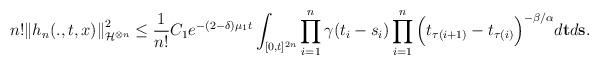
LaTeX: \begin{align*} n!{\|h_n(.,t,x)\|}_{\mathcal{H}^{\otimes n}}^2 \leq\frac{1}{n!}C_1 e^{-(2-\delta)\mu_1 t}\int_{[0, t]^{2n}}\prod_{i=1}^n \gamma(t_i-s_i)\prod_{i=1}^n\Big(t_{\tau(i+1)}-t_{\tau(i)}\Big)^{-\beta/\alpha}d{\bf t}d{\bf s}.\end{align*}